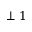
\perp 1